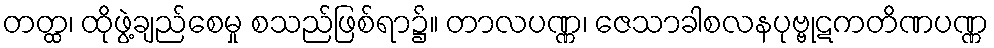
တတ္ထ၊ ထိုဖွဲ့ချည်စေမှု စသည်ဖြစ်ရာ၌။ တာလပဏ္ဏ၊ ဇေသာခါစလနပုဗ္ဗုဋကတိဏပဏ္ဏ